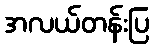
အလယ်တန်းပြ